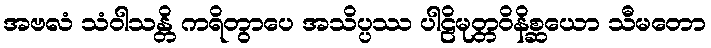
အဗလံ သံဝါသန္တိ ကရိတွာပေ အသိပ္ပဿ ပါဠိမုတ္တဝိနိစ္ဆယော သီမတော